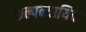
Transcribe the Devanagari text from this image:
कल्पन्यायिक